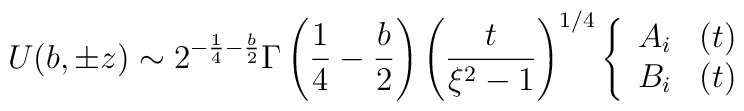
U(b, \pm z) \sim 2^{- \frac{1}{4} - \frac{b}{2}} \Gamma \left( \frac{1}{4} - \frac{b}{2} \right)\left( \frac{t}{\xi^2 - 1} \right)^{1/4} \left\{ \begin{array}{ll}A_i & (t)\\B_i & (t)\end{array}\right.